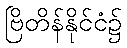
ဗြိတိန်နိုင်ငံ၌